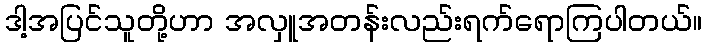
ဒါ့အပြင်သူတို့ဟာ အလှူအတန်းလည်းရက်ရောကြပါတယ်။